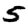
Digit: 5